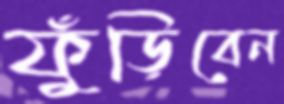
ফুঁড়িবেন